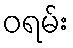
ဝရမ်း